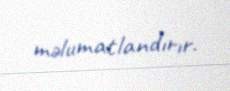
məlumatlandırır.